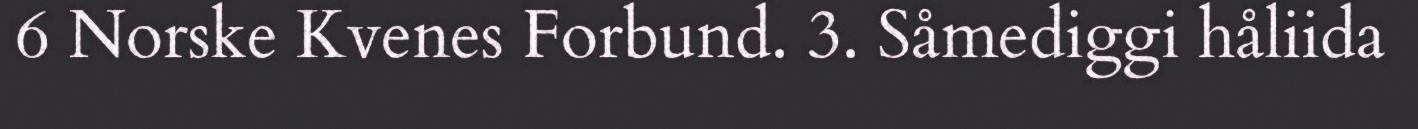
6 Norske Kvenes Forbund. 3. Såmediggi håliida